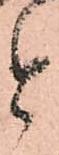
と